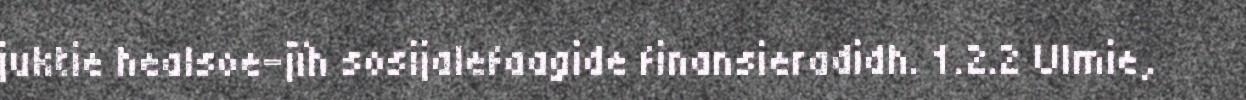
juktie healsoe-jïh sosijalefaagide finansieradidh. 1.2.2 UImie,